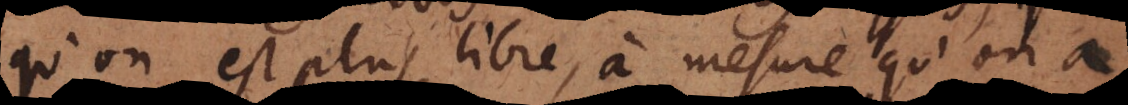
qu’on est plus libre, à mesure qu’on a